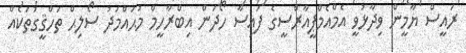
ރައީސް ޔާމީން ވިދާޅުވީ އެމްއެމްޕީއާރްސީގެ ފައިސާ ހޯދަން އިބްރާހީމް މުޙައްމަދު ސޯލިޙް ތަހްޤީގުތަކެއް